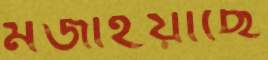
মজাইয়াছে